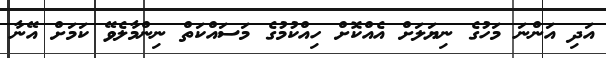
އަދި އަންނަ މަހުގެ ނިޔަލަށް އެއްކޮށް ހިއްކުމުގެ މަސައްކަތް ނިންމާލެވޭ ކަމަށް އޭނާ